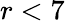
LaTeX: r<7